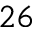
2 6